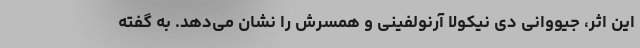
این اثر، جیووانی دی نیکولا آرنولفینی و همسرش را نشان می‌دهد. به گفته